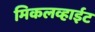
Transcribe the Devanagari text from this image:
मिकलव्हाईट